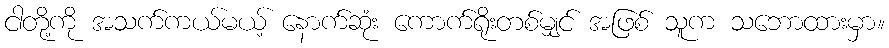
ငါတို့ကို အသက်ကယ်မယ့် နောက်ဆုံး ကောက်ရိုးတစ်မျှင် အဖြစ် သူက သဘောထားမှာ။